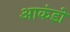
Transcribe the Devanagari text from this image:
आकंडो